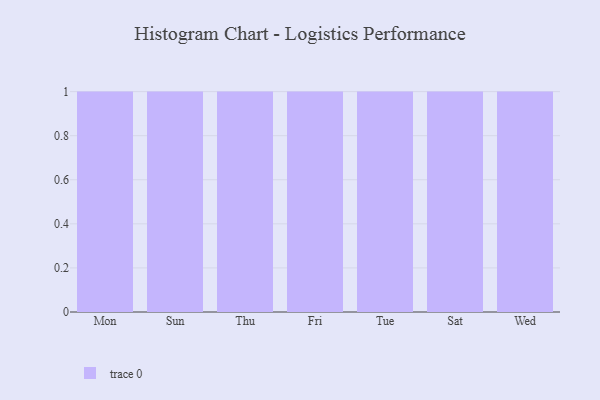
{"axis": {"x": "Day", "y": "Energy Usage (MWh)"}, "legend": [""], "data": [{"x": "Mon", "y": 57, "type": ""}, {"x": "Sun", "y": 79, "type": ""}, {"x": "Thu", "y": 52, "type": ""}, {"x": "Fri", "y": 63, "type": ""}, {"x": "Tue", "y": 74, "type": ""}, {"x": "Sat", "y": 44, "type": ""}, {"x": "Wed", "y": 5, "type": ""}]}